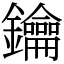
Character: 鑰